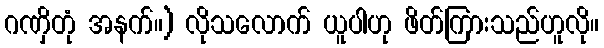
ဂဏှိတုံ အနက်။) လိုသလောက် ယူပါဟု ဖိတ်ကြားသည်ဟူလို။